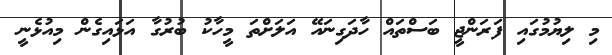
މި ލިޔުމުގައި ފަރަންޖީ ބަސްތައް ހާދަގިނައޭ އަލަށްތަ މީހާކު ބުރުގާ އަޅައިގެން މިއުޅެނީ